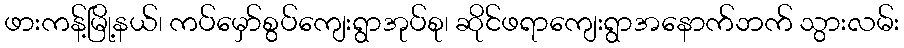
ဖားကန့်မြို့နယ်၊ ကပ်မှော်စွပ်ကျေးရွာအုပ်စု၊ ဆိုင်ဖရာကျေးရွာအနောက်ဘက် သွားလမ်း